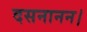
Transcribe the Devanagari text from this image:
दसनानन।